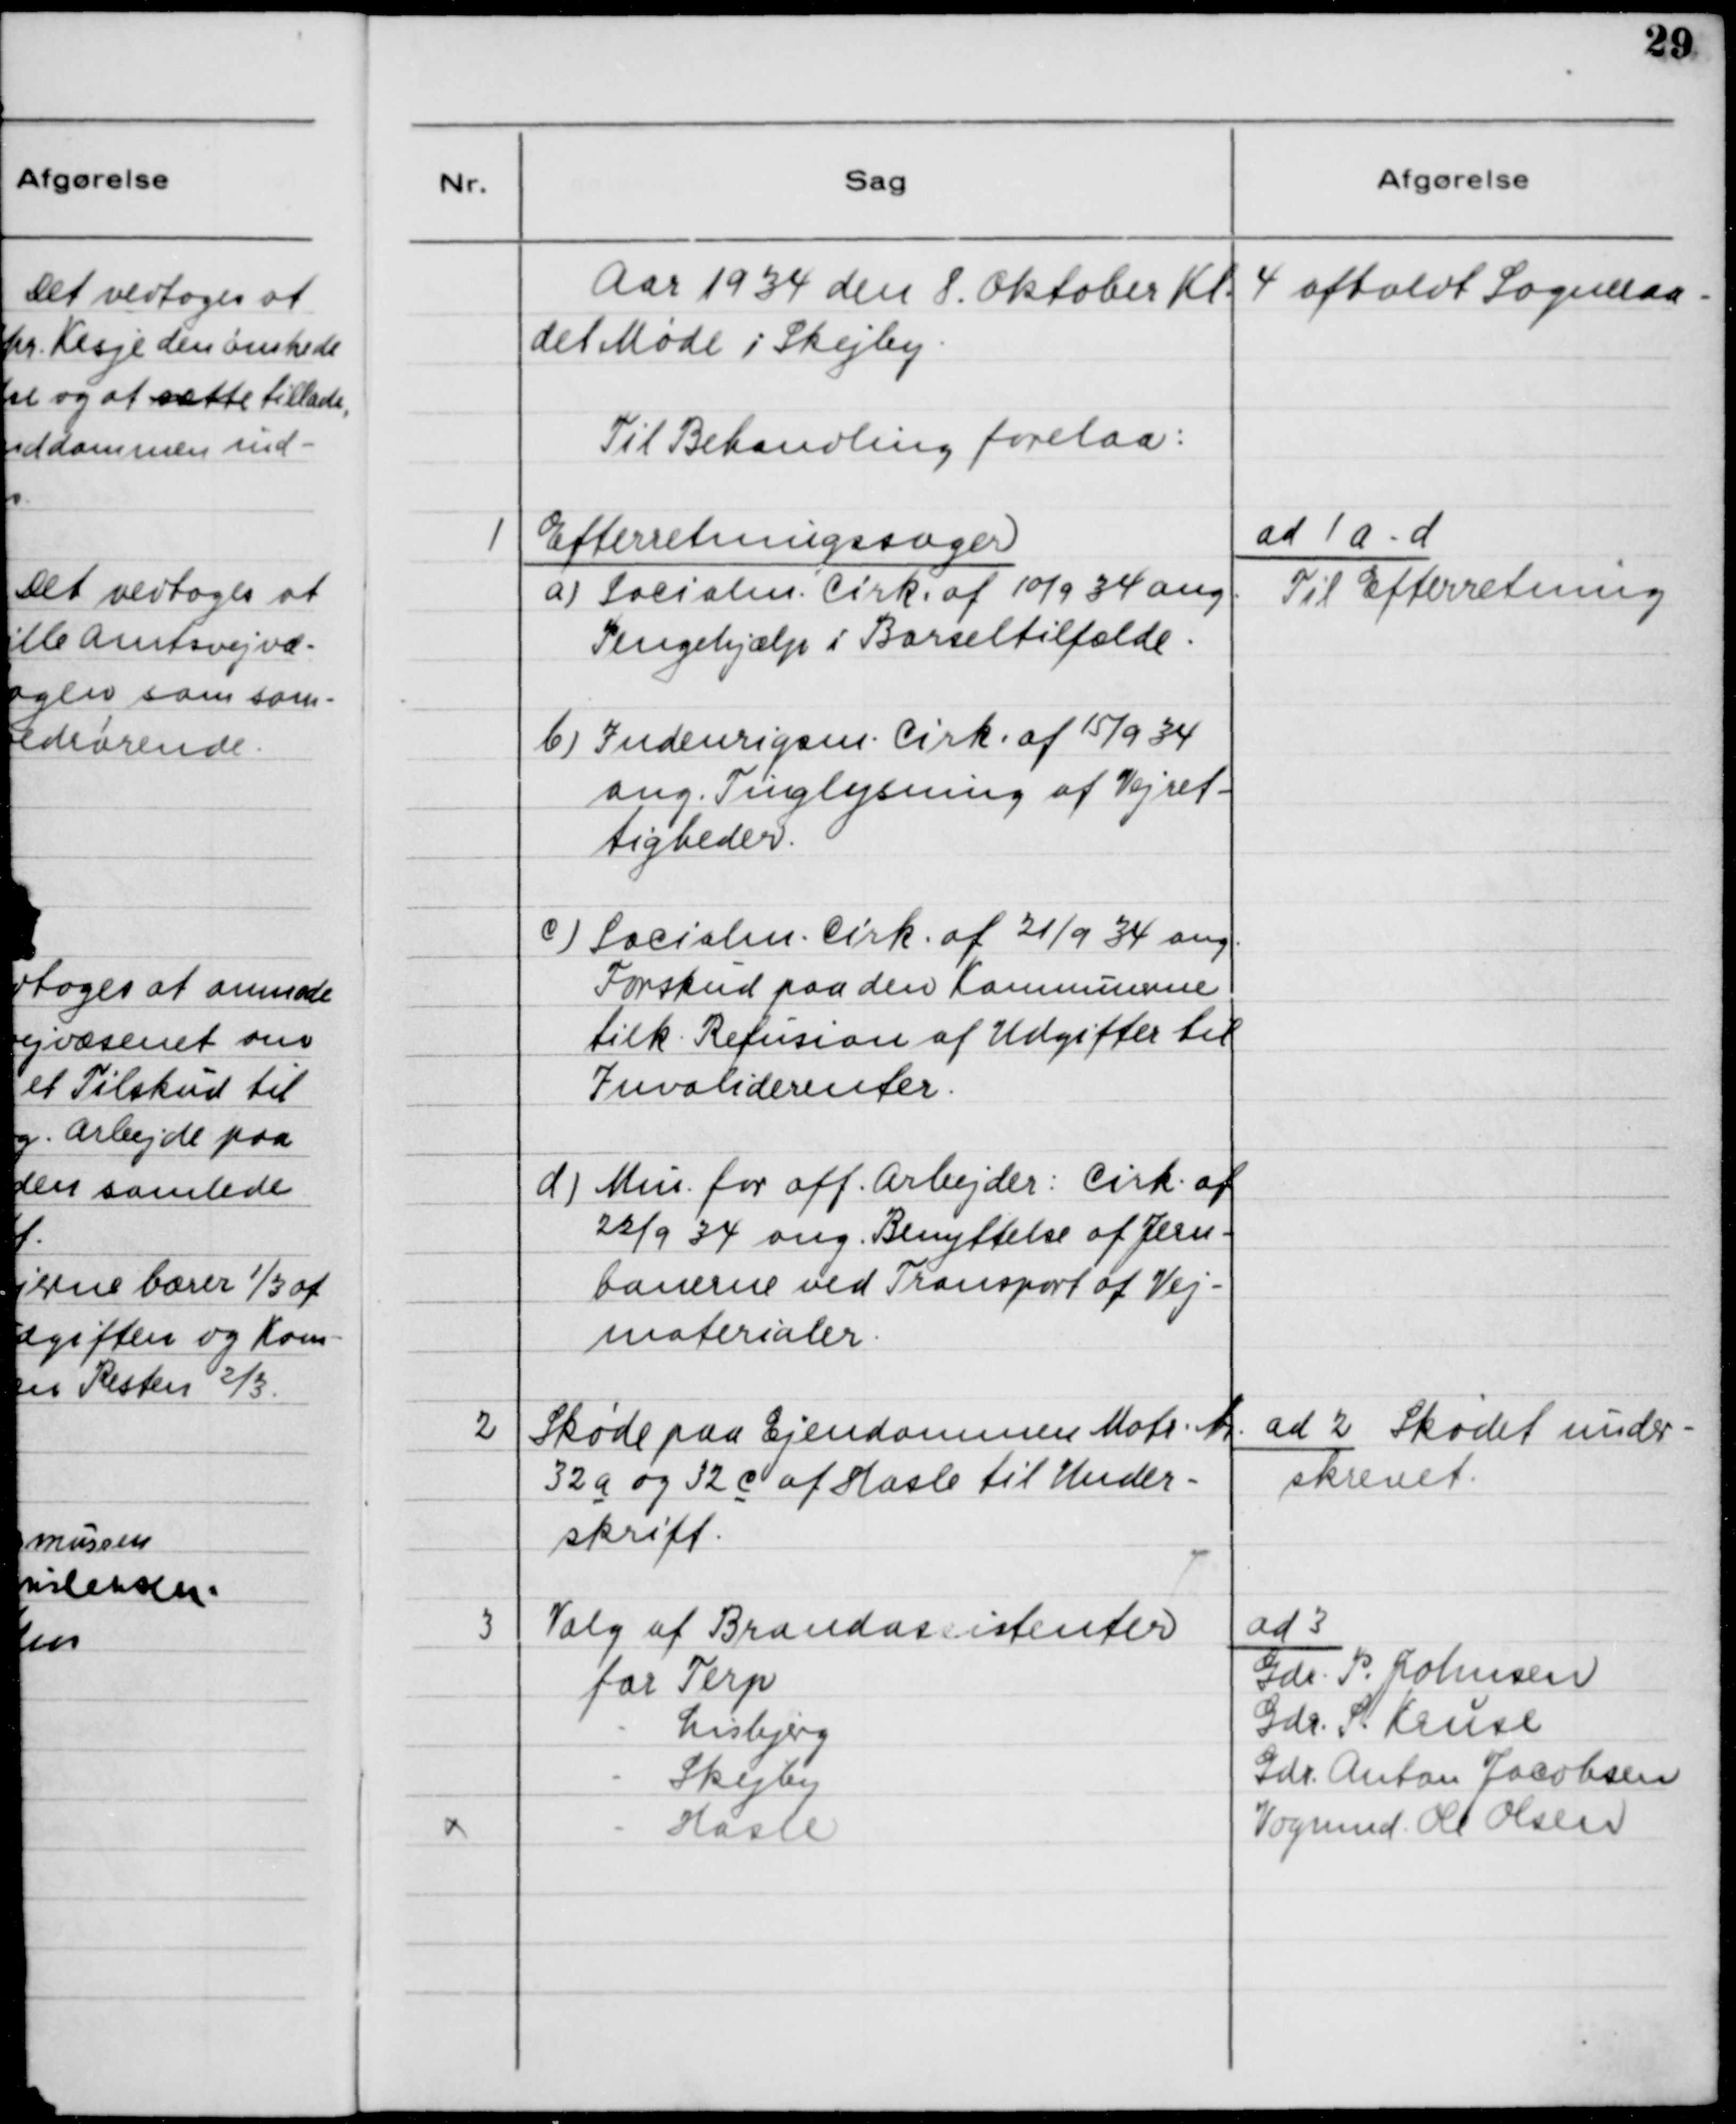
Transskription:
Aar 1934 den 8. Oktober Kl. 4 afholdt Sogneraa
det Møde i Skejby.
Til behandling forelaa:

1

Efterretningssager
a)Socialm. Cirk. af 10/9 34 ang.
Pengehjælp til Barselstilfælde.
b) Indenrigsm. Cirk. af 15/9 34
ang. Tinglysning af Vejret-
tigheder
c) Socialm. Cirk. af 21/9 34 ang.
Forskud paa den Kommunerne
tilk. Refusion af Udgifter til
Invaliderenter.
d) Min. for off. Arbejder: Cirk. af
22/9 34 ang. Benyttelse af Jern-
banerne ved Transport af Vej-
materialer.

ad 1 a-d
Til Efterretning

2

Skøde paa Ejendommen Matr. Nr.
32 a og 32 c af Hasle til Under-
skrift.

ad 2. Skødet under-
skrevet

3

Valg af Brandassistenter
for Terp
- Lisbjerg
- Skejby
- Hasle

ad 3.
Gdr. P. Johumsen
Gdr. S. Kruse
Gdr. Anton Jacobsen
Vognmand Ole Olsen